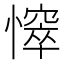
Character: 𢢒